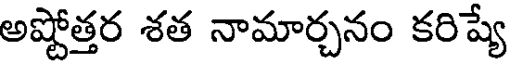
అష్టోత్తర శత నామార్చనం కరిష్యే